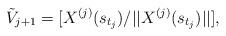
LaTeX: \begin{align*}\tilde{V}_{j+1} = [X^{(j)}(s_{t_{j}})/ ||X^{(j)}(s_{t_{j}})|| ],\end{align*}